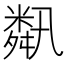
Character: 𦧾